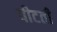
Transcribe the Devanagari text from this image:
पीटती